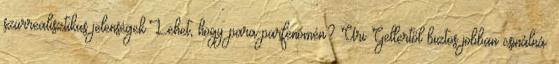
szürrealisztikus jelenségek.Lehet, hogy para-parfenomén? Uri Gellertől biztos jobban csinálná.